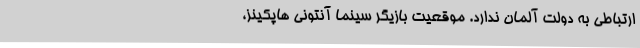
ارتباطی به دولت آلمان ندارد. موقعیت بازیگر سینما آنتونی هاپکینز،